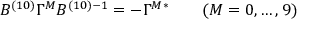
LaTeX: B ^ { ( 1 0 ) } \Gamma ^ { M } B ^ { ( 1 0 ) } { } ^ { - 1 } = - \Gamma ^ { M } { } ^ { * } \qquad ( M = 0 , \ldots , 9 )